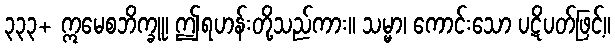
၃၃၃+ ဣမေစဘိက္ခူ၊ ဤရဟန်းတို့သည်ကား။ သမ္မာ၊ ကောင်းသော ပဋိပတ်ဖြင့်။